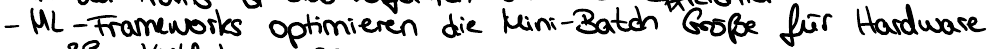
- ML-Frameworks optimieren die Mini-Batch Größe für Hardware